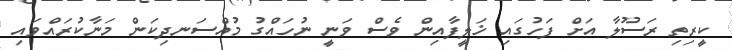
ކީރިތި ރަސޫލާ އަށް ފަހުގައި ޚަލީފާއިން ވެސް ވަނީ ނުހައްގު މުއްސަނދިކަން މަނާކުރައްވައި